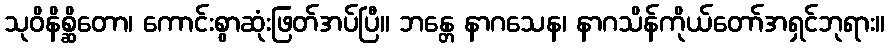
သုဝိနိစ္ဆိတော၊ ကောင်းစွာဆုံးဖြတ်အပ်ပြီ။ ဘန္တေ နာဂသေန၊ နာဂသိန်ကိုယ်တော်အရှင်ဘုရား။